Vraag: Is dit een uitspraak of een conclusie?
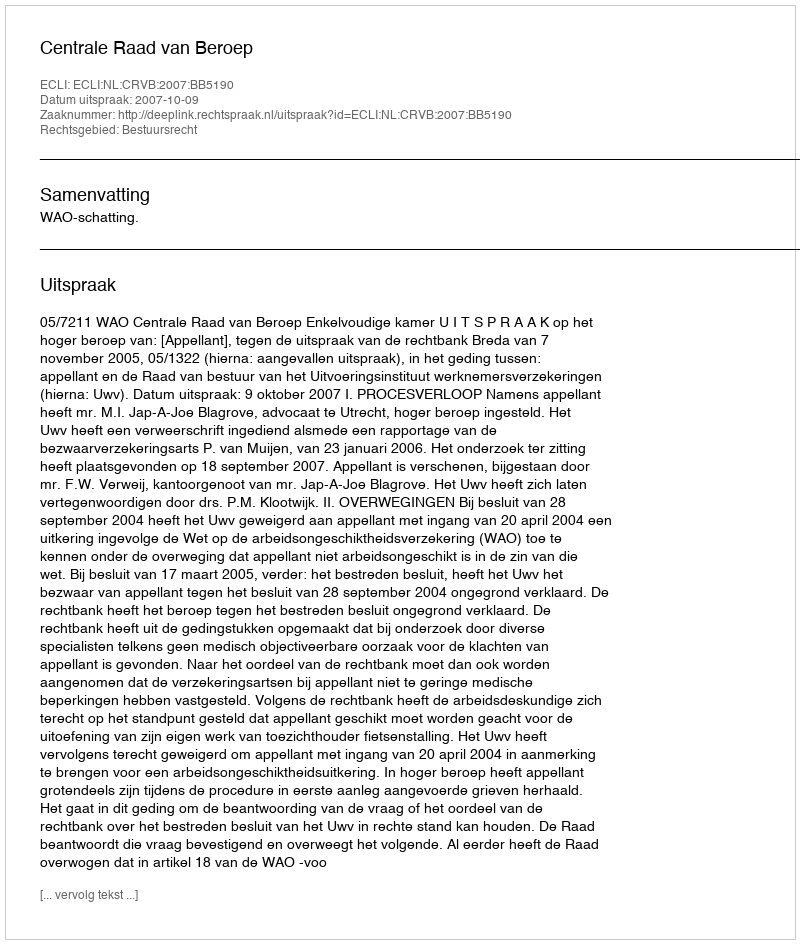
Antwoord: Uitspraak